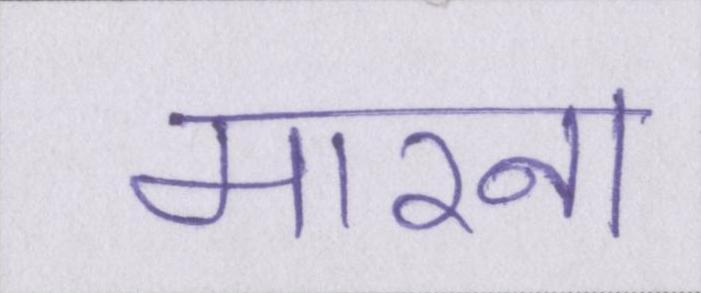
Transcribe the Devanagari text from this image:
मारना